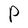
Character: P